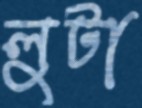
লুটা